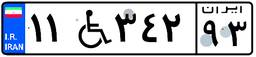
۱۱W۳۴۲۹۳